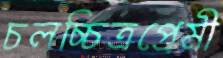
চলচ্চিত্রপ্রেমী